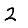
Digit: 2